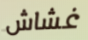
غشاش